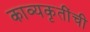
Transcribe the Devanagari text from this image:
काव्यकृतींची